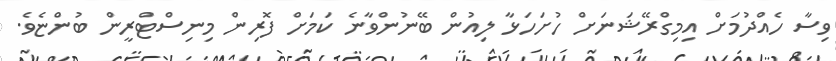
ވިސާ ހެއްދުމަށް އިމިގްރޭޝަނަށް ހުށަހަޅާ ލިއުން ބޭނުންވާނެ ކަމަށް ފޮރިން މިނިސްޓްރީން ބުންޏެވެ.